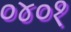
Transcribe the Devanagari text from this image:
०४०१